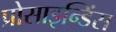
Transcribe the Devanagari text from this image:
प्रोसाइन्डिंस